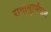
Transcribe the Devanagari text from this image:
रागामुफ्फिन